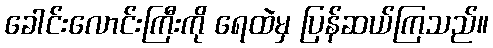
ခေါင်းလောင်းကြီးကို ရေထဲမှ ပြန်ဆယ်ကြသည်။